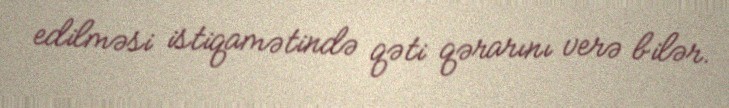
edilməsi istiqamətində qəti qərarını verə bilər.